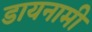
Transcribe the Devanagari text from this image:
डायनामी